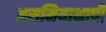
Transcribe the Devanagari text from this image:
असमियाभाषी